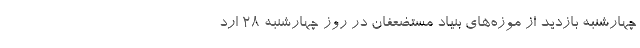
چهارشنبه بازدید از موزه‌های بنیاد مستضعفان در روز چهارشنبه ۲۸ ارد